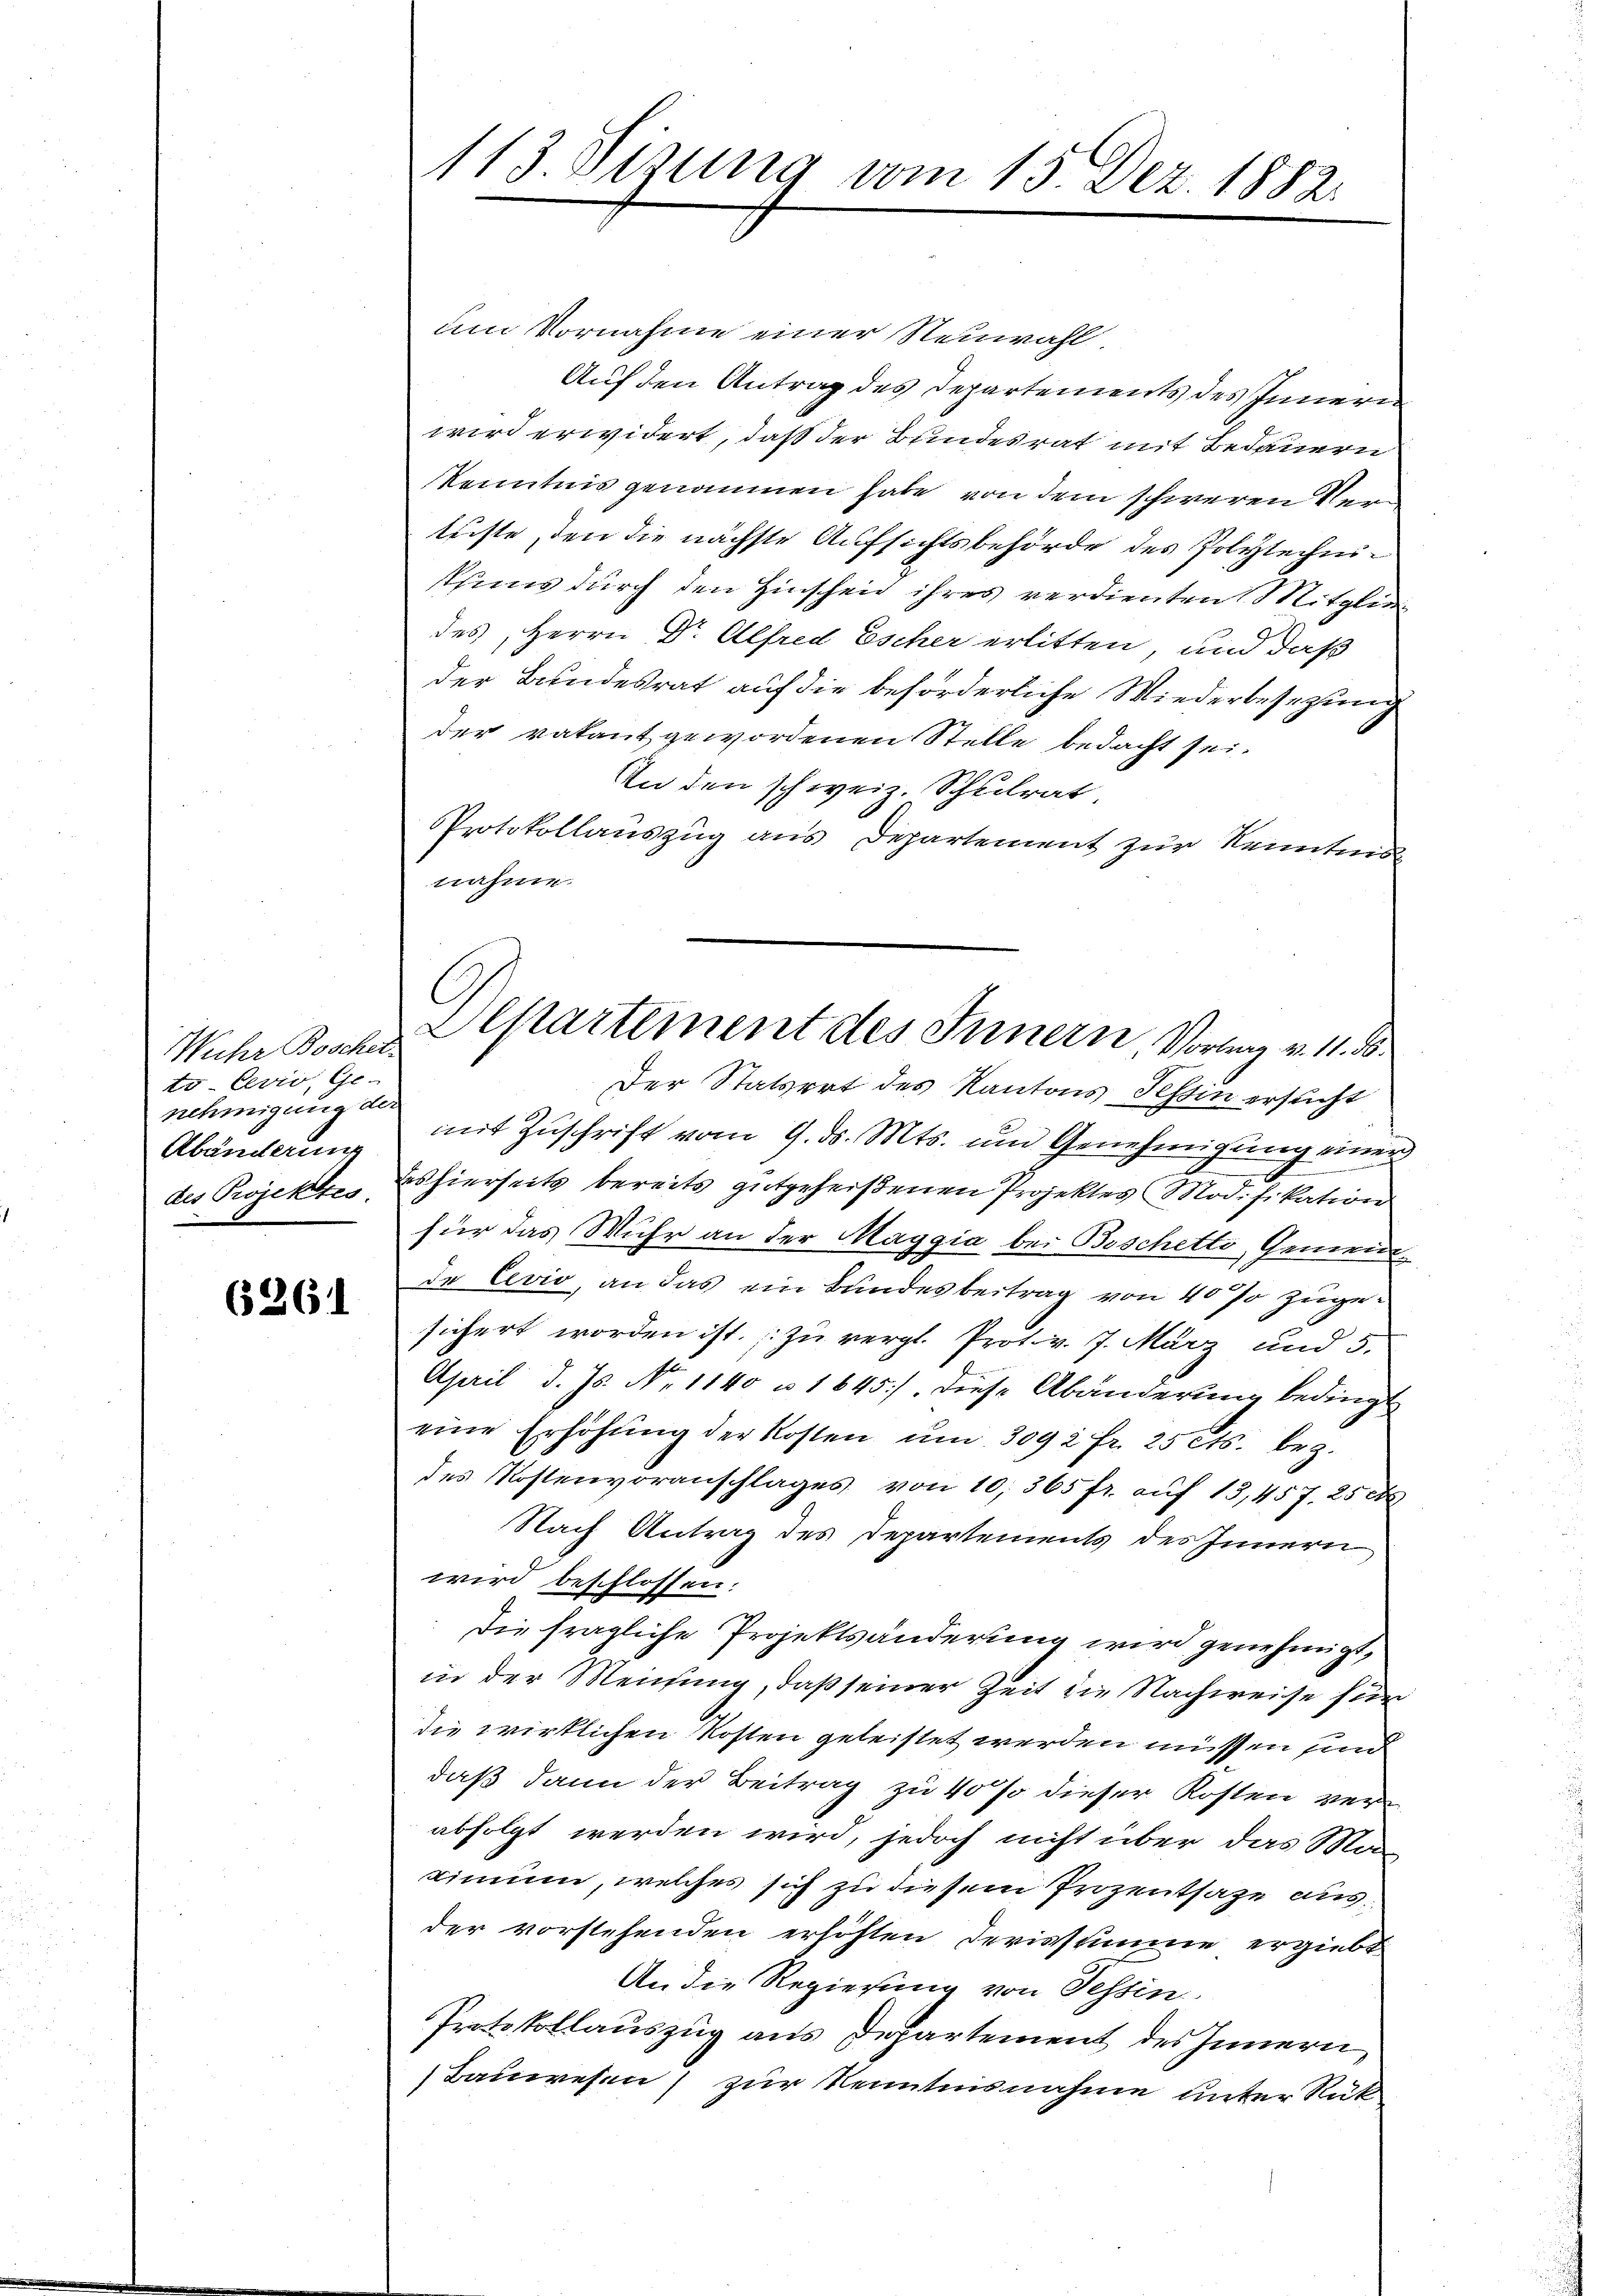
Wuhr Boschet.
to-Cevio, Ge-
nehmigung de
Abänderung
des Projektes.

6261

113 Sizung vom 15. Dez. 1882.

um Vornahme einer Neuwahl
Auf den Antrag des Departements des Innern
wird erwidert, daß der Bundesrat mit Bedauern
Kenntnis genommen habe von dem schweren Verlüste, den die nächste Aufsichtsbehörde des Polytechnisthums durch den Hinscheid ihres verdienten Mitglie
des, Herrn Dr. Alfred Escher erlitten, und daß
der Bundesrat auf die beförderliche Wiederbesetzung
der vakant gewordenen Stelle bedacht sei.
An den schweiz. Schulrat.
Protokollauszug aus Departement zur Kenntnis
nahme.
Der Statsert des Kantons Tessin ersucht
mit Zuschrift vom 9. ds. Mts. und Genehmigung einer
des hierseits bereits gutgeheißenen Projektes Modifikation
für das Wuhr an der Maggia bei Boschetti, Gemeindde Cevio, an das ein Bundesbeitrag von 40% Zügesichert worden ist. zu vergl. Prot. v. 7. März und 5.
April d. Js. No 1140 u 1645 diese Abänderung bedingt
eine Erhöhŭng der Kosten ŭm 3092 fr. 25 Cts. bez.
des Kostenvoranschlages von 10,365 fr. auf 13,457. 25 d
Nach Antrag des Departements des Innern
wird beschlossen.
Die fragliche Projektsänderung wird genehmigt,
in der Meinung, daß seiner Zeit die Nachweise für
die wirklichen Kosten geleistet werden müssen sind
daß dann der Beitrag zu 40 so dieser Kosten verabfolgt werden wird, jedoch nicht über das Ma
Linnen, welches sich zu diesem Prozentsage ausder vorstehenden erhöhten Devissumme ergiebt
An die Regierung von Tessin
Protokollauszug aus Departement des Innern,
Bauwesen) zur Kenntnisnahme unter Rück

Alptartement des Innern Vorlag v. 11. d.